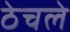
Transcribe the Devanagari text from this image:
ठेचले